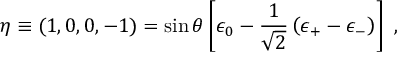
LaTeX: \eta \equiv ( 1 , 0 , 0 , - 1 ) = \sin \theta \left[ \epsilon _ { 0 } - { \frac { 1 } { \sqrt { 2 } } } \left( \epsilon _ { + } - \epsilon _ { - } \right) \right] \ ,